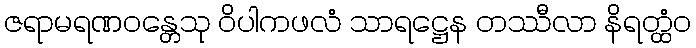
ဇရာမရဏဝန္တေသု ဝိပါကဖလံ သာရဋ္ဌေန တဿီလာ နိရတ္ထံဝ